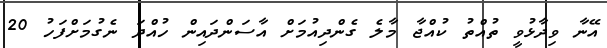
އޭނާ ވިދާޅުވީ ތުއްތު ކުއްޖާ މާލެ ގެންދިއުމަށް އާސަންދައިން ހުއްދަ ނެގުމަށްފަހު 20